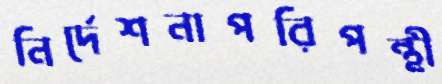
নির্দেশনাপরিপন্থী